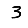
Digit: 3